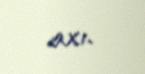
axı.